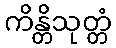
ကိန္တိသုတ္တံ